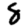
Digit: 8